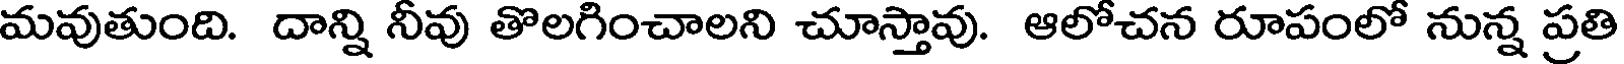
మవుతుంది. దాన్ని నీవు తొలగించాలని చూస్తావు. ఆలోచన రూపంలో నున్న ప్రతి